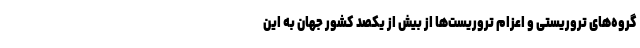
گروه‌های تروریستی و اعزام تروریست‌ها از بیش از یکصد کشور جهان به این